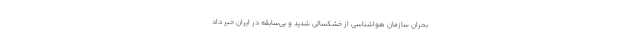
بحران سازمان هواشناسی از خشکسالی شدید و بی‌سابقه در ایران خبر داد